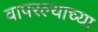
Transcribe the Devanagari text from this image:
वापरल्याच्या